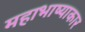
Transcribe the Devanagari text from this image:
महाभाष्याकार